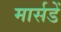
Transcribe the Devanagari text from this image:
मार्सडें